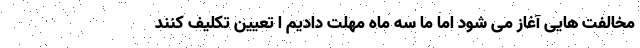
مخالفت هایی آغاز می شود اما ما سه ماه مهلت دادیم ا تعیین تکلیف کنند